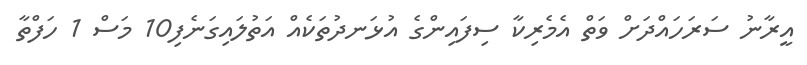
އީރާނު ސަރަހައްދަށް ވަތް އެމެރިކާ ސިފައިންގެ އުޅަނދުތަކެއް އަތުލައިގަނެފި10 މަސް 1 ހަފްތާ